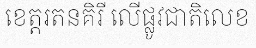
ខេត្តរតនគិរី លើផ្លូវជាតិលេខ